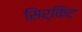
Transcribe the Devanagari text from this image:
सिर्किट